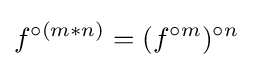
f^{\circ (m*n)}=(f^{\circ m})^{\circ n}